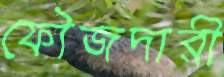
ফৌজদারী